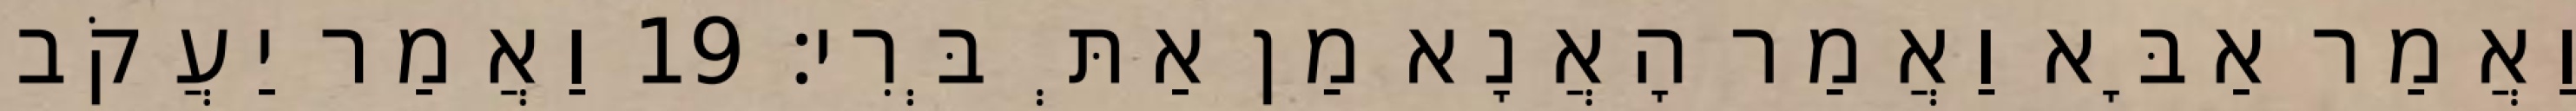
וַאֲמַר אַבָּא וַאֲמַר הָאֲנָא מַן אַתְּ בְּרִי׃ 19 וַאֲמַר יַעֲקֹב